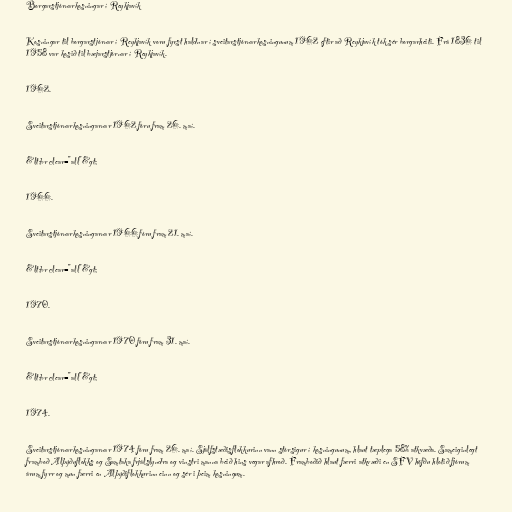
Borgarstjórnarkosningar í Reykjavík

Kosningar til borgarstjórnar í Reykjavík voru fyrst haldnar í sveitarstjórnarkosningunum 1962 eftir að Reykjavík tók sér borgarheiti. Frá 1836 til
1958 var kosið til bæjarstjórnar í Reykjavík.

1962.

Sveitarstjórnarkosningarnar 1962 fóru fram 26. maí.

&lt;br clear="all"&gt;

1966.

Sveitarstjórnarkosningarnar 1966 fóru fram 21. maí.

&lt;br clear="all"&gt;

1970.

Sveitarstjórnarkosningarnar 1970 fóru fram 31. maí.

&lt;br clear="all"&gt;

1974.

Sveitarstjórnarkosningarnar 1974 fóru fram 26. maí. Sjálfstæðisflokkurinn vann stórsigur í kosningunum, hlaut tæplega 58% atkvæða. Sameiginlegt
framboð Alþýðuflokks og Samtaka frjálslyndra og vinstri manna beið hins vegar afhroð. Framboðið hlaut færri atkvæði en SFV höfðu hlotið fjórum
árum fyrr og mun færri en Alþýðiflokkurinn einn og sér i þeim kosningum.